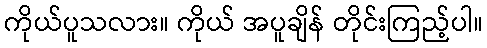
ကိုယ်ပူသလား။ ကိုယ် အပူချိန် တိုင်းကြည့်ပါ။